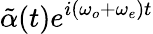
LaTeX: \tilde{\alpha}(t)e^{i(\omega_{o}+\omega_{e})t}